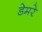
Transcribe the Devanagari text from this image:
डेमरे